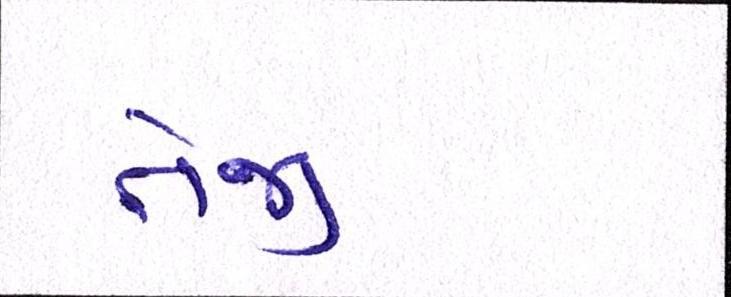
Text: તેજી